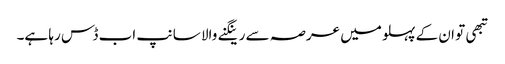
تبھی تو ان کے پہلو میں عرصہ سے رینگنے والا سانپ اب ڈس رہا ہے۔